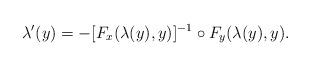
LaTeX: \begin{align*}\lambda^{\prime}(y)=-[F_{x}(\lambda(y),y)]^{-1}\circ F_{y}(\lambda(y),y).\end{align*}